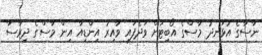
ނާސާގެ އުޅަނދު މާސްގެ އޯބިޓަށް ވަދެފައި ވާއިރު އިންޑިއާ އިން މާސްގެ ދިރާސާ